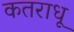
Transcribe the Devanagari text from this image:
कतराधू